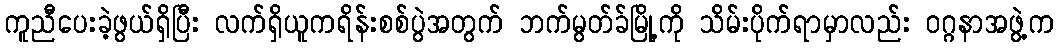
ကူညီပေးခဲ့ဖွယ်ရှိပြီး လက်ရှိယူကရိန်းစစ်ပွဲအတွက် ဘက်မွတ်ခ်မြို့ကို သိမ်းပိုက်ရာမှာလည်း ၀ဂ္ဂနာအဖွဲ့က